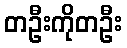
တဦးကိုတဦး